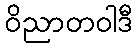
ဝိညာတဝါဒီ